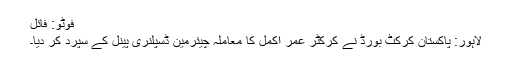
فوٹو: فائل
لاہور: پاکستان کرکٹ بورڈ نے کرکٹر عمر اکمل کا معاملہ چیئرمین ڈسپلنری پینل کے سپرد کر دیا۔